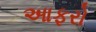
આફરો